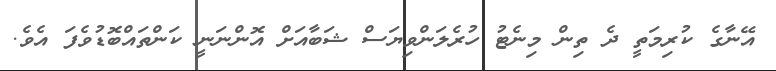
އޭނާގެ ކުރިމަތީ ދެ ތިން މިނެޓު ހުރެލަންވިޔަސް ޝަބާއަށް އޮންނަނީ ކަންތައްބޮޑުވެފަ އެވެ.